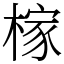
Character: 榢